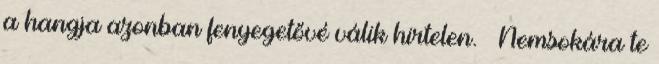
a hangja azonban fenyegetővé válik hirtelen. – Nemsokára te